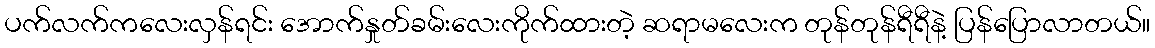
ပက်လက်ကလေးလှန်ရင်း အောက်နှုတ်ခမ်းလေးကိုက်ထားတဲ့ ဆရာမလေးက တုန်တုန်ရီရီနဲ့ ပြန်ပြောလာတယ်။